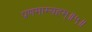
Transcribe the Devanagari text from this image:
प्रणमाम्यहम्॥५॥